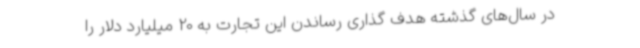
در سال‌های گذشته هدف گذاری رساندن این تجارت به 20 میلیارد دلار را